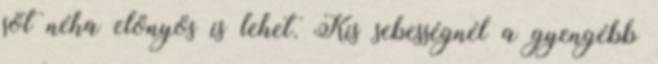
söt néha elönyös is lehet. Kis sebességnél a gyengébb